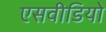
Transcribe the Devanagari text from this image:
एसवीडियो